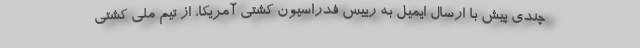
چندی پیش با ارسال ایمیل به رییس فدراسیون کشتی آمریکا، از تیم ملی کشتی